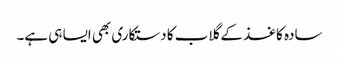
سادہ کاغذ کے گلاب کا دستکاری بھی ایسا ہی ہے۔